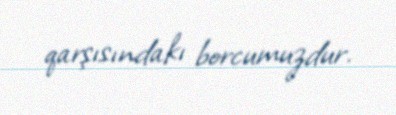
qarşısındakı borcumuzdur.